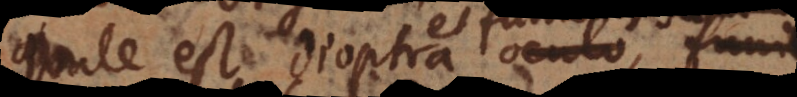
quale est dioptra oculo, funic